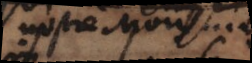
_